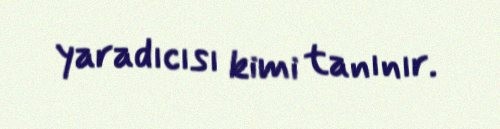
yaradıcısı kimi tanınır.